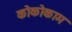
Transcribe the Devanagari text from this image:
कोकोकाम